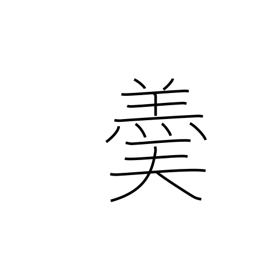
Meaning: hot soup